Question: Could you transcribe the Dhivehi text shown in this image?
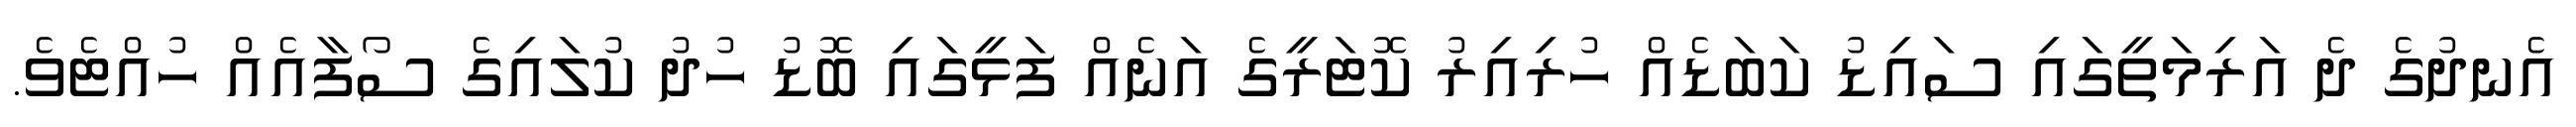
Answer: އެނދުގެ ދެ އަރިމަތީގައި ސައިޑު ކަބަޑެއް ހުރިއިރު ކޮޓަރީގެ އަނެއް ފަޅީގައި ބޮޑު ހުދު ކުލައިގެ ސޯފާއެއް ހުއްޓެވެ.